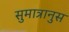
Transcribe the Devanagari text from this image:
सुमात्रानुस